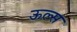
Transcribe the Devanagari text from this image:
ऊल्स